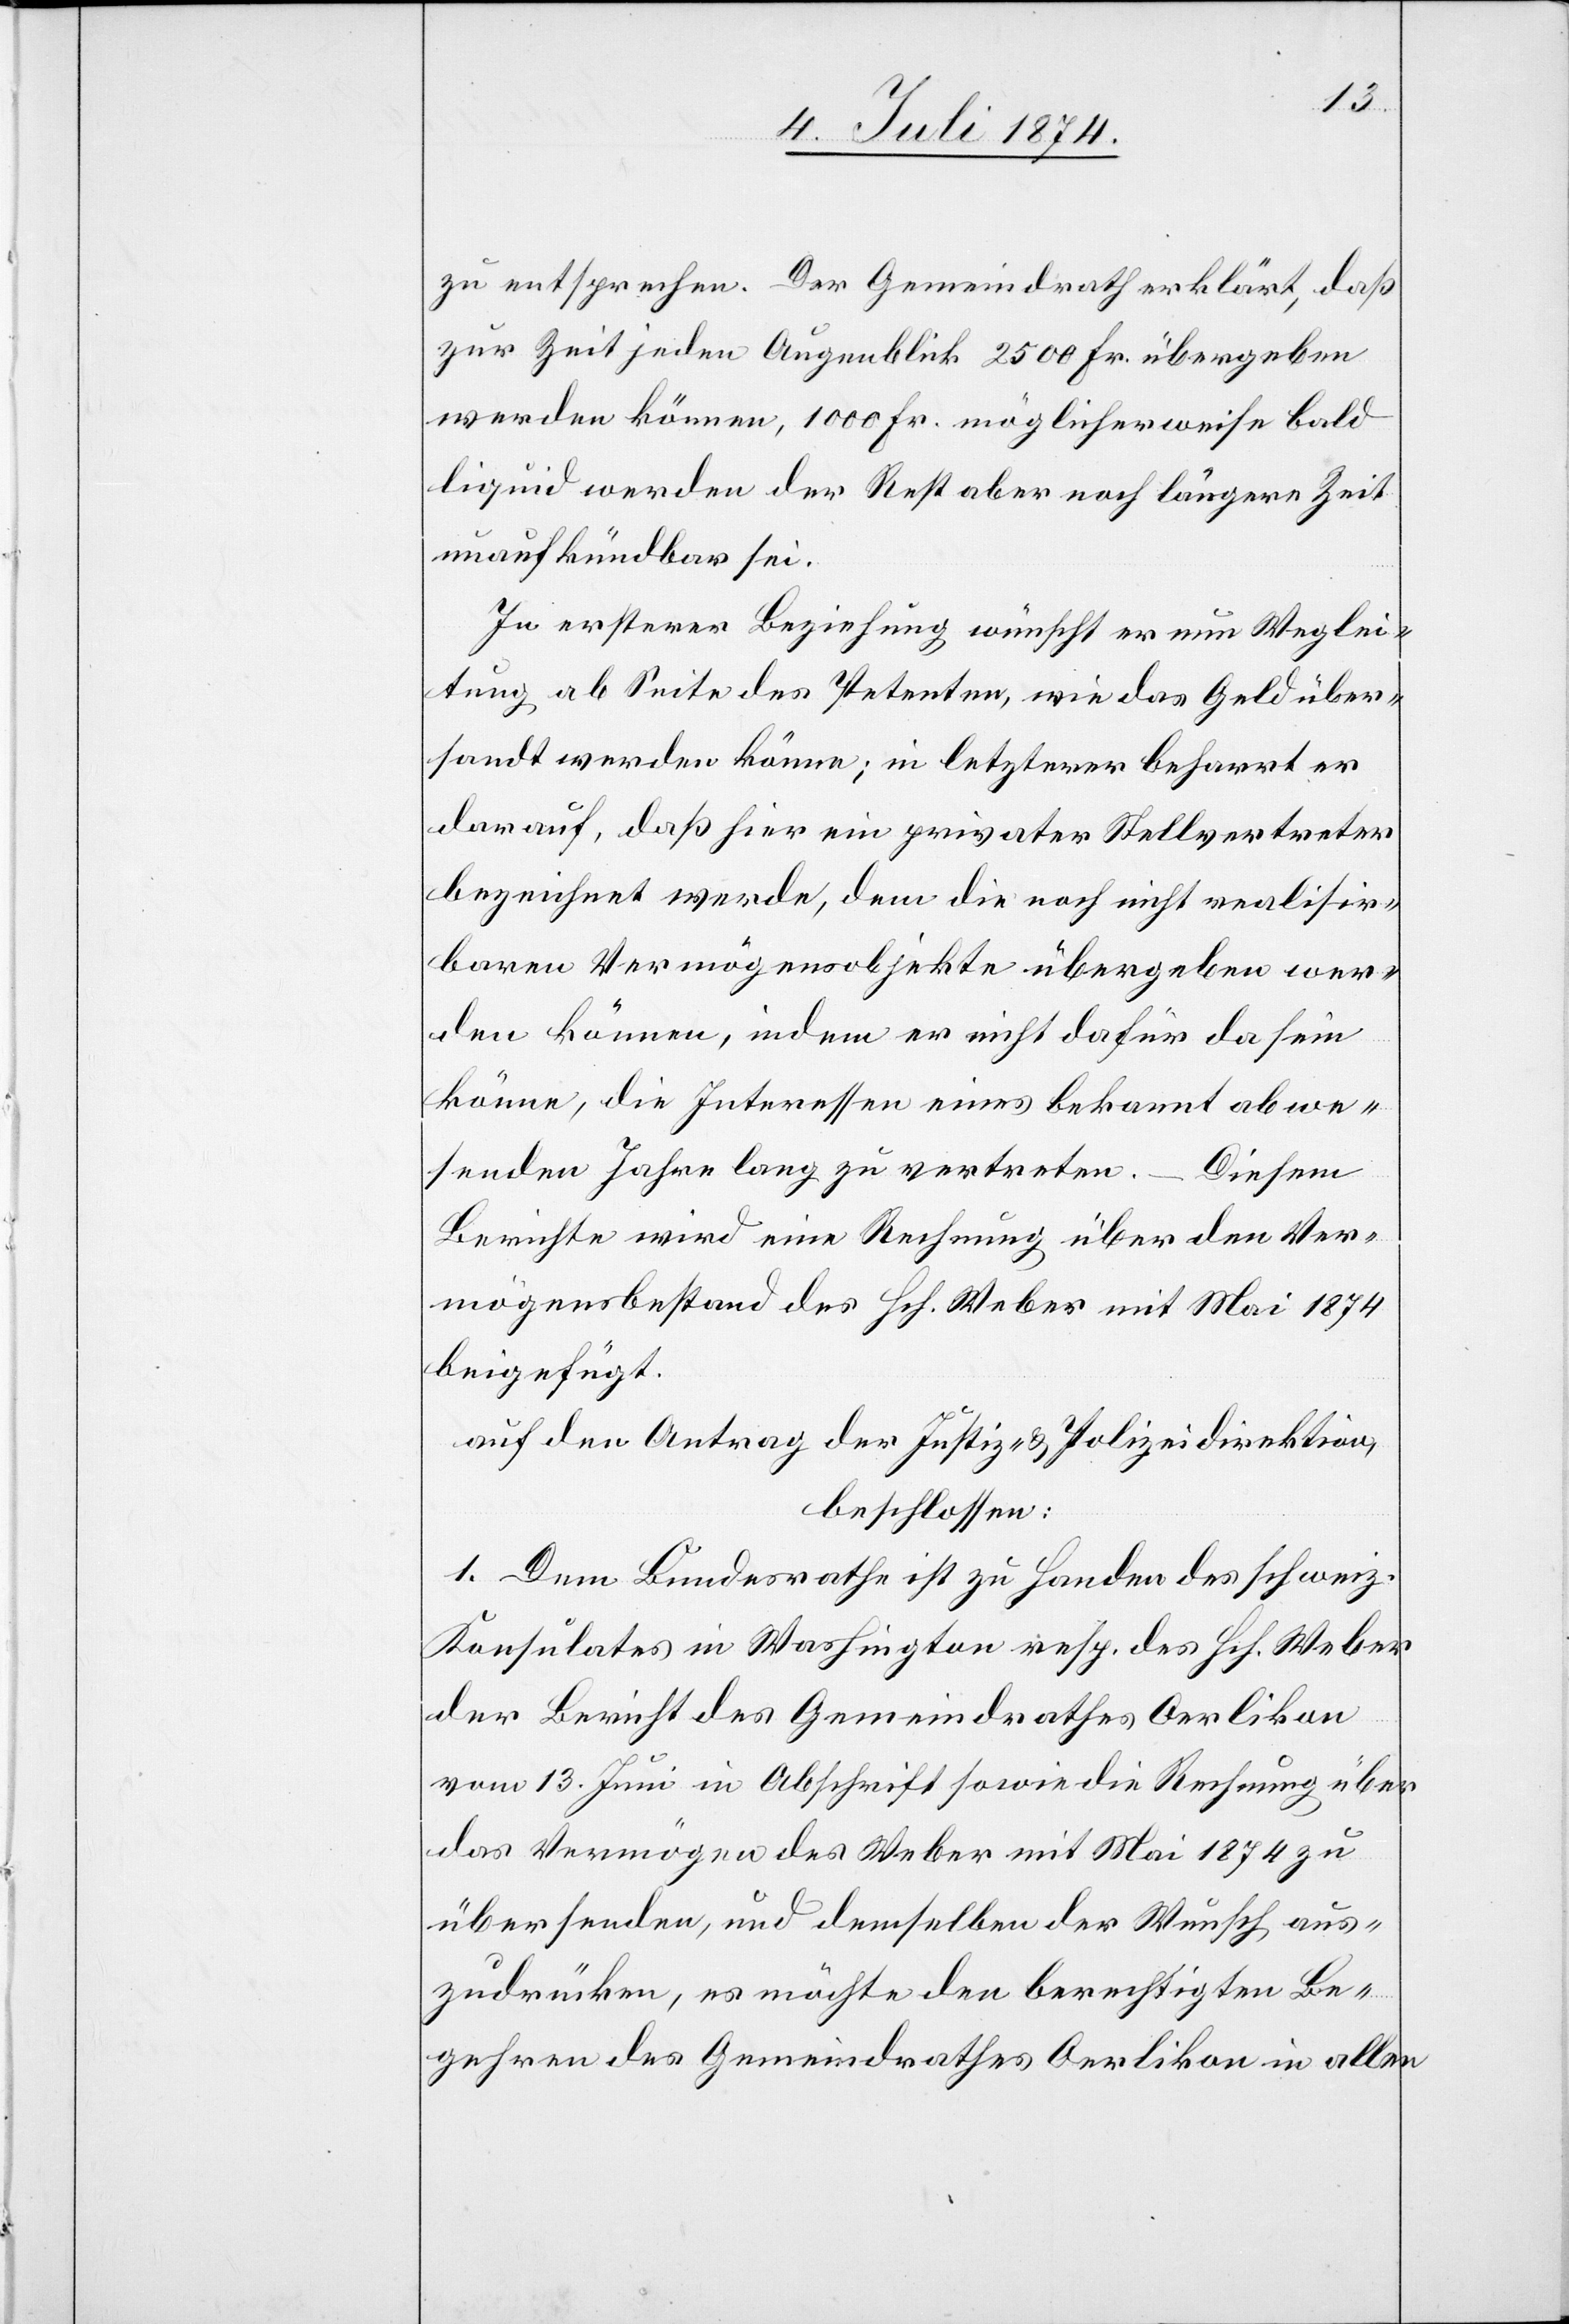
zu entsprechen. Der Gemeindrath erklärt, daß
zur Zeit jeden Augenblick 2500 Fr. übergeben
werden können, 1000 Fr. möglicherweise bald
liquid werden[,] der Rest aber noch längere Zeit
unaufkündbar sei.
In ersterer Beziehung wünscht er um Weglei¬
tung ab Seite des Petenten, wie das Geld über¬
sandt werden könne; in letzterer beharrt er
darauf, daß hier ein privater Stellvertreter
bezeichnet werde, dem die noch nicht realisir¬
baren Vermögensobjekte übergeben wer¬
den können, indem er nicht dafür da sein
könne, die Interessen eines bekannt abwe¬
senden Jahre lang zu vertreten. – Diesem
Berichte wird eine Rechnung über den Ver¬
mögensbestand des Hch. Weber mit Mai 1874
beigefügt.
auf den Antrag der Justiz- u. Polizeidirektion,
beschlossen:
1. Dem Bundesrathe ist zu Handen des schweiz.
Konsulates in Washington resp. des Hch. Weber
der Bericht des Gemeindrathes Oerlikon
vom 13. Juni in Abschrift sowie die Rechnung über
das Vermögen des Weber mit Mai 1874 zu
übersenden, und demselben der Wunsch aus¬
zudrücken, es möchte dem berechtigten Be¬
gehren des Gemeindrathes Oerlikon in allen